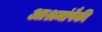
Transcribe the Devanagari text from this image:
आश्रमांपैकी